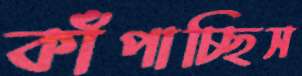
কাঁপাচ্ছিস